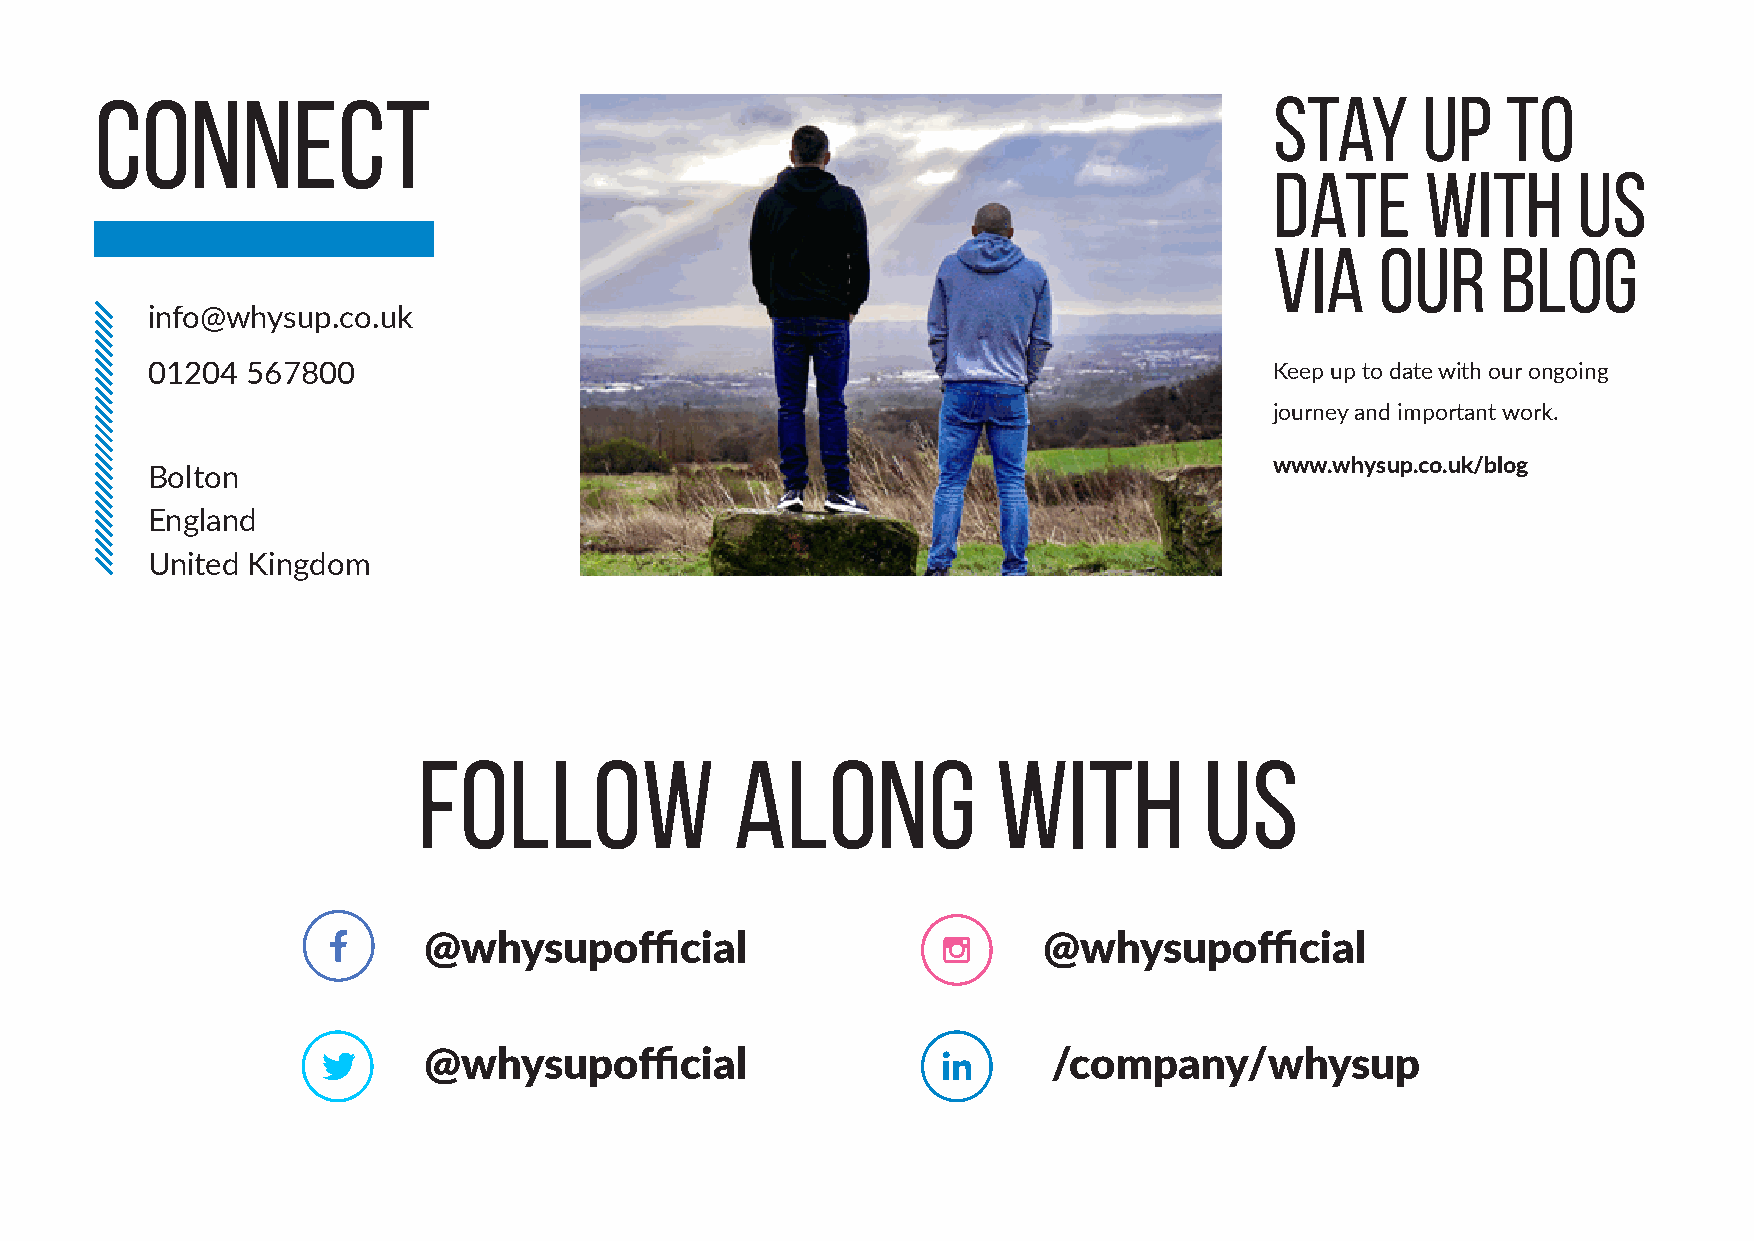
CONNECT                                                                       Stay      up    to
 date      with      us
 via    our     blog
 info@whysup.co.uk
 01204 567800                                                              Keep up to date with our ongoing
 journey and important work.
 www.whysup.co.uk/blog
 Bolton
 England
 United Kingdom
 Follow               along            with          us
 @whysupofficial                          @whysupofficial
 @whysupofficial                           /company/whysup